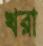
খরা